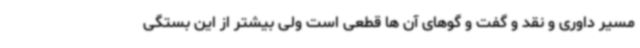
مسیر داوری و نقد و گفت و گوهای آن ها قطعی است ولی بیشتر از این بستگی